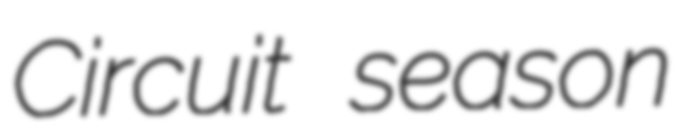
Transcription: Circuit season